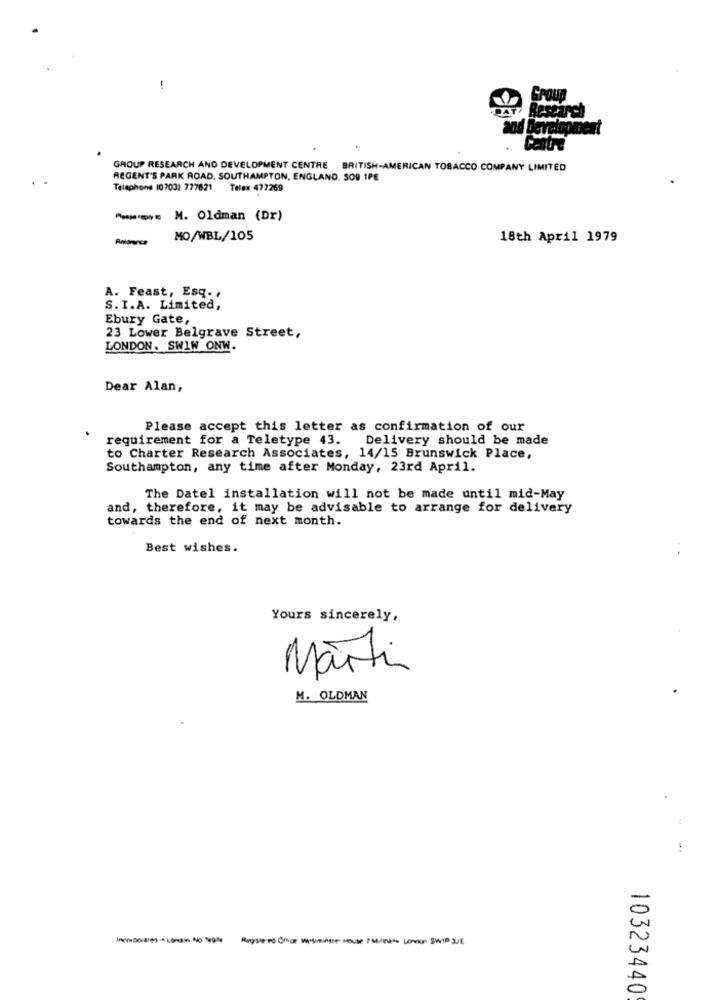
-
Centre
GROUP RESEARCH AND DEVELOPMENT CENTRE BRITISH-AMERICAN TOBACCO COMPANY LIMITED
REGENT'S PARK ROAD. SOUTHAMPTON, ENGLAND. 300 1PE
Telephone 107031 777621 Telex 477269
- M. Oldman (Dr)
Polonnce
MO/WBL/105
18th April 1979
A. Feast, Esq. ,
S. I.A. Limited,
Ebury Gate,
23 Lower Belgrave Street,
LONDON. SWIW ONW.
Dear Alan,
Please accept this letter as confirmation of our
requirement for a Teletype 43.
Delivery should be made
to Charter Research Associates, 14/15 Brunswick Place,
Southampton, any time after Monday, 23rd April.
The Datel installation will not be made until mid-May
and, therefore, it may be advisable to arrange for delivery
towards the end of next month.
Best wishes.
Yours sincerely,
Martin
M. OLDMAN
InomDerBies- Lonas. No Te9M
10323440